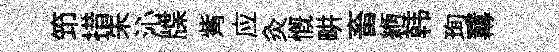
笻措朱沁牒觜应灸慨畊畜縆韩珣羃